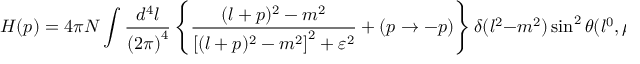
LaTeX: H ( p ) = 4 \pi N \int \frac { d ^ { 4 } l } { { ( 2 \pi ) } ^ { 4 } } \left\{ \frac { ( l + p ) ^ { 2 } - m ^ { 2 } } { { [ ( l + p ) ^ { 2 } - m ^ { 2 } ] } ^ { 2 } + \varepsilon ^ { 2 } } + ( p \to - p ) \right\} \delta ( l ^ { 2 } - m ^ { 2 } ) \sin ^ { 2 } \theta ( l ^ { 0 } , \mu )